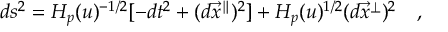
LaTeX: d s ^ { 2 } = H _ { p } ( u ) ^ { - 1 / 2 } [ - d t ^ { 2 } + ( d { { \vec { x } } ^ { \parallel } } ) ^ { 2 } ] + H _ { p } ( u ) ^ { 1 / 2 } ( d { { \vec { x } } ^ { \perp } } ) ^ { 2 } \quad ,